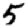
Digit: 5